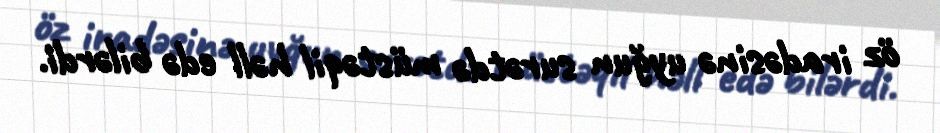
öz iradəsinə uyğun surətdə müstəqil həll edə bilərdi.